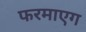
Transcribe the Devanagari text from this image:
फरमाएग